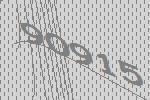
90915